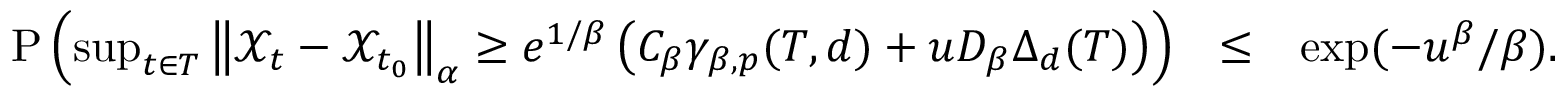
\begin{array} { r l r } { \mathrm { P } \left( \operatorname* { s u p } _ { t \in T } \left\Vert \mathcal { X } _ { t } - \mathcal { X } _ { t _ { 0 } } \right\Vert _ { \alpha } \geq e ^ { 1 / \beta } \left( C _ { \beta } \gamma _ { \beta , p } ( T , d ) + u D _ { \beta } \Delta _ { d } ( T ) \right) \right) } & { \leq } & { \exp ( - u ^ { \beta } / \beta ) . } \end{array}